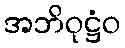
အဘိဝုဋ္ဌံဝ